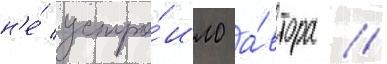
н'е́ устро́ило а́втора //